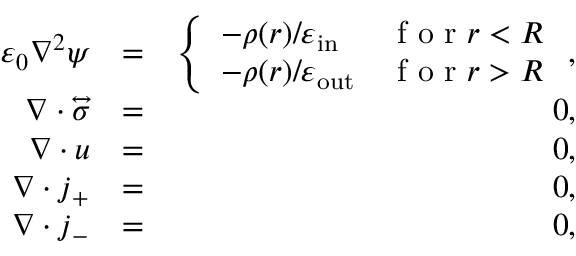
\begin{array} { r l r } { \varepsilon _ { 0 } \nabla ^ { 2 } \psi } & { = } & { \left\{ \begin{array} { l l } { - \rho ( \boldsymbol { r } ) / \varepsilon _ { \mathrm { i n } } } & { \textrm { f o r } r < R } \\ { - \rho ( \boldsymbol { r } ) / \varepsilon _ { \mathrm { o u t } } } & { \textrm { f o r } r > R } \end{array} \right. , } \\ { \nabla \cdot \overleftrightarrow { \boldsymbol { \sigma } } } & { = } & { 0 , } \\ { \nabla \cdot \boldsymbol { u } } & { = } & { 0 , } \\ { \nabla \cdot \boldsymbol { j } _ { + } } & { = } & { 0 , } \\ { \nabla \cdot \boldsymbol { j } _ { - } } & { = } & { 0 , } \end{array}